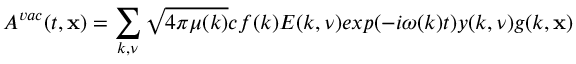
{ \cal A } ^ { v a c } ( t , { \bf x } ) = \sum _ { k , \nu } \sqrt { 4 \pi \mu ( k ) } c f ( k ) { \cal E } ( k , \nu ) e x p ( - i \omega ( k ) t ) y ( k , \nu ) g ( k , { \bf x } )